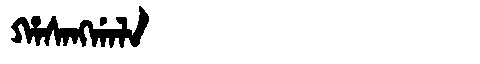
Manchu: ᡥᠠᠰᠠᠩᡤᠠᠯᠠ
Romanization: HASANGGALA